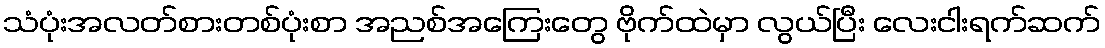
သံပုံးအလတ်စားတစ်ပုံးစာ အညစ်အကြေးတွေ ဗိုက်ထဲမှာ လွယ်ပြီး လေးငါးရက်ဆက်